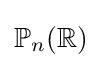
\mathbb {P} _{n}(\mathbb {R} )